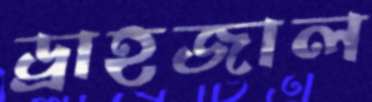
ড্রাহজাল